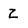
Character: Z